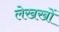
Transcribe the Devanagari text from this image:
लेखखों